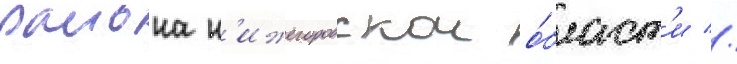
раиона н'ижегородскои о́бласт'и //